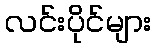
လင်းပိုင်များ